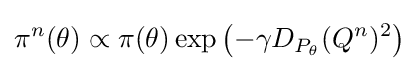
\pi ^{n}(\theta )\propto \pi (\theta )\exp \left(-\gamma D_{P_{\theta }}(Q^{n})^{2}\right)